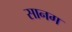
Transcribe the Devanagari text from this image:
सानग